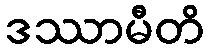
ဒဿာမီတိ